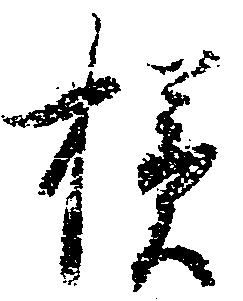
様